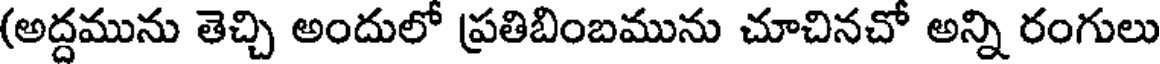
(అద్దమును తెచ్చి అందులో ప్రతిబింబమును చూచినచో అన్ని రంగులు